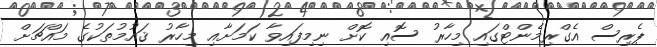
ޕެރިސް އެގްރިމެންޓްގައި މިހާރު ސޮއި ކޮށް ނިމިފައިވާ ކަމަށާއި މިހާރު ޤައުމުތަކުގެ މައްޗަށް